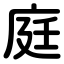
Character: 庭